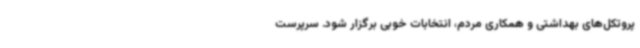
پروتکل‌های بهداشتی و همکاری مردم، انتخابات خوبی برگزار شود. سرپرست